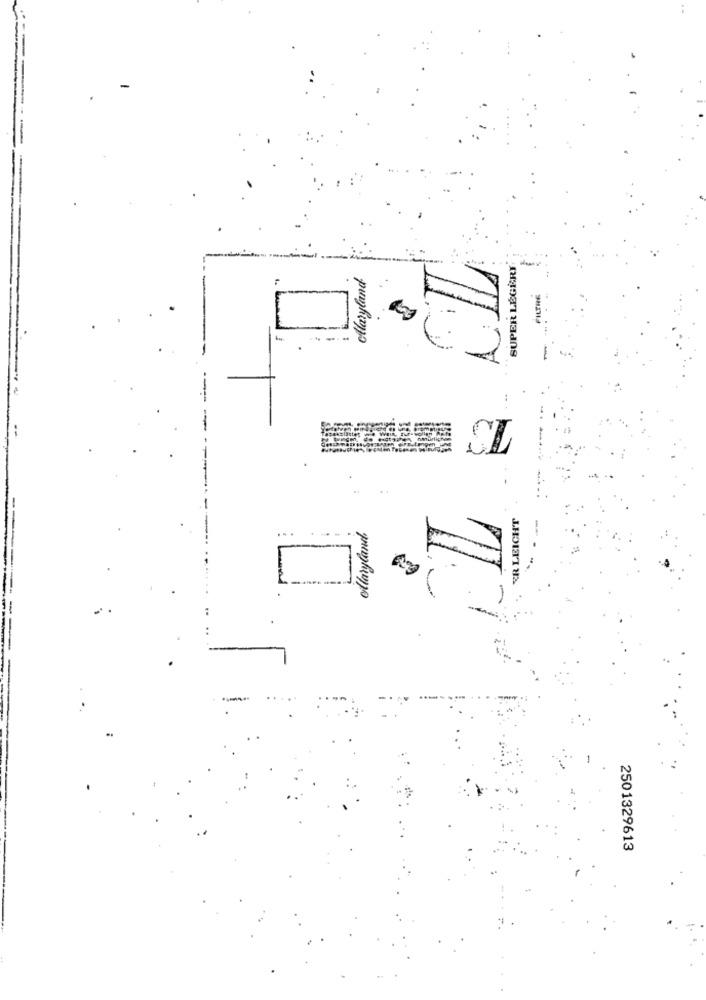
SUPER LÉGÈRY
Ollaryland
TO
..
ER LEICHT
ollaryland
2501329613